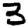
Digit: 3